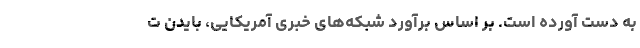
به دست آورده‌ است. بر اساس برآورد شبکه‌های خبری آمریکایی، بایدن ت